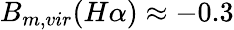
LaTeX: B_{m,vir}(H\alpha)\approx-0.3